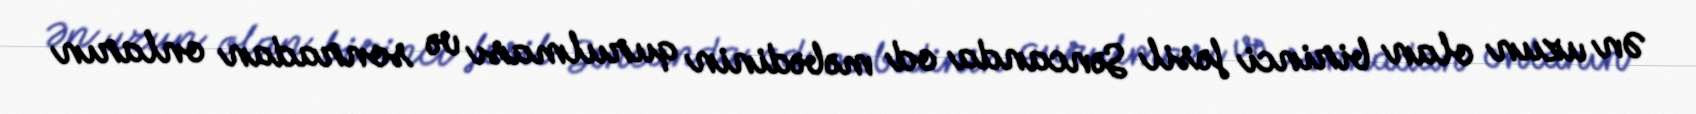
Ən uzun olan birinci fəsil Səncanda od məbədinin qurulması və sonradan onların